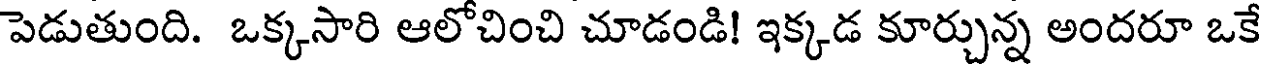
పెడుతుంది. ఒక్కసారి ఆలోచించి చూడండి! ఇక్కడ కూర్చున్న అందరూ ఒకే